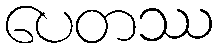
ပေတဿ